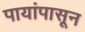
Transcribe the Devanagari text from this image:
पायांपासून